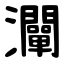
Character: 灛